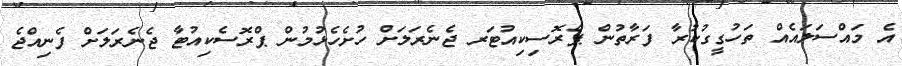
އެ މައްސަލައެއް ތަހުގީގުކުރާ ފަރާތުން ޕްރޮސިކިއުޓަރ ޖެނެރަލަށް ހުށެހެޅުމުން ޕްރޮސެކިއުޓާ ޖެނެރަލަށް ފެނިއްޖެ